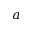
a